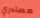
مصادري